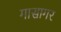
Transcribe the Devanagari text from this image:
गासागर